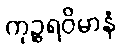
ကုဉ္ဇရဝိမာနံ